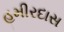
હમીરદાસ